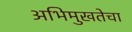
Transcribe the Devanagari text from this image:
अभिमुखतेचा